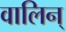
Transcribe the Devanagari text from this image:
वालिन्